Medical and sanitary report on the native army of Bombay for the year
Year: 1877
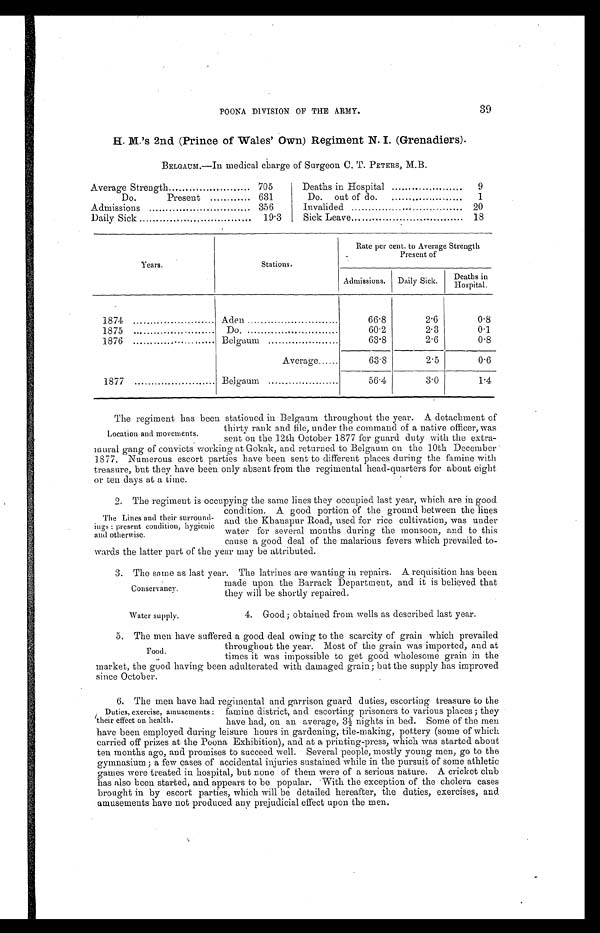
POONA DIVISION OF THE ARMY.
39
H. M.'s 2nd (Prince of Wales' Own) Regiment N. I. (Grenadiers).
BELGAUM.—In medical charge of Surgeon C. T. PETERS, M.B.
Average Strength
705
Deaths in Hospital
9
Do.
Present
631
Do. out of do.
1
Admissions
356
Invalided
20
Daily Sick
19.3
Sick Leave.
18
Years.
Stations
Rate per cent. to Average Strength
Present of
Admissions. Daily Sick. Deaths in
Hospital.
1874
Aden
66.8
2.6
0.8
1875 ...
Do
60.2
2.3
0.1
1876
Belgaum
63.8
2.6
0.8
Average
63.8
2.5
0.6
1877
Belgaum
56.4
3.0
1.4
The regiment has been stationed iu Belgaum throughout the year. A detachment of
thirty rank and file, under the command of a native officer, was
sent on the 12th October 1877 for guard duty with the extra-
mural gang of convicts working at Gokak, and returned to Belgaum on the 10th December
1877. Numerous escort parties have been sent to different places during the famine with
treasure, but they have been only absent from the regimental head-quarters for about eight
or ten days at a time.
2. The regiment is occupying the same lines they occupied last year, which are in good
condition. A good portion of the ground between the lines
and the Khanapur Road, used for rice cultivation, was under
water for several months during the monsoon, and to this
cause a good deal of the malarious fevers which prevailed to-
wards the latter part of the year may be attributed.
3. The same as last year. The latrines are wanting in repairs. A requisition has been
made upon the Barrack Department, and it is believed that
they will be shortly repaired.
Location and movements.
The Lines and their surround-
ings: present condition, hygienic
and otherwise.
Conservancy.
Water supply.
4. Good; obtained from wells as described last year.
5. The men have suffered a good deal owing to the scarcity of grain which prevailed
throughout the year. Most of the grain was imported, and at
times it was impossible to get good wholesome grain in the
market, the good having been adulterated with damaged grain; but the supply has improved
since October.
6. The men have had regimental and garrison guard duties, escorting treasure to the
famine district, and escorting prisoners to various places; they
have had, on an average, 3½ nights in bed. Some of the men
have been employed during leisure hours in gardening, tile-making, pottery (some of which
carried off prizes at the Poona Exhibition), and at a printing-press, which was started about
ten months ago, and promises to succeed well. Several people, mostly young men, go to the
gymnasium; a few cases of accidental injuries sustained while in the pursuit of some athletic
games were treated in hospital, but none of them were of a serious nature. A cricket club
has also been started, and appears to be popular. With the exception of the cholera cases
brought in by escort parties, which will be detailed hereafter, the duties, exercises, and
amusements have not produced any prejudicial effect upon the men.
Food.
Duties, exercise, amusements:
their effect on health.